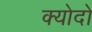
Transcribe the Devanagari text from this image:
क्योदो